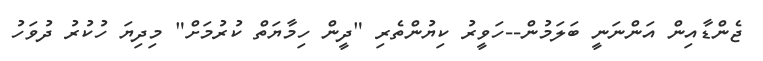
ޖެންޑާއިން އަންނަނީ ބަލަމުން--ހަވީރު ކިޔުންތެރި "ދީން ހިމާޔަތް ކުރުމަށް" މިދިޔަ ހުކުރު ދުވަހު